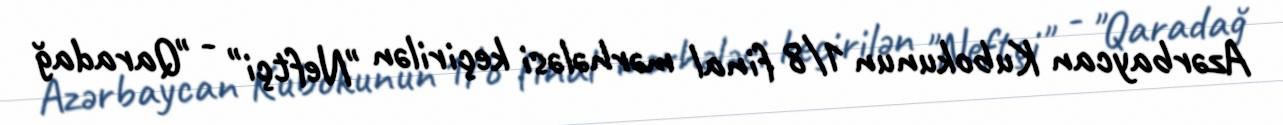
Azərbaycan Kubokunun 1/8 final mərhələsi keçirilən "Neftçi" - "Qaradağ